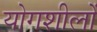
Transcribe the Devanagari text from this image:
योगशीलों